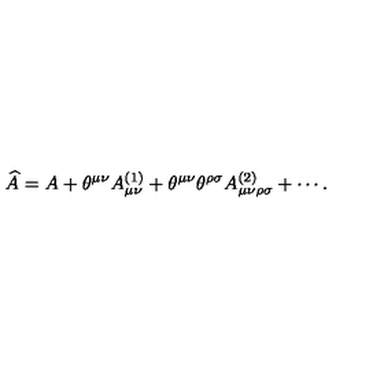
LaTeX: \widehat { A } = A + \theta ^ { \mu \nu } A _ { \mu \nu } ^ { ( 1 ) } + \theta ^ { \mu \nu } \theta ^ { \rho \sigma } A _ { \mu \nu \rho \sigma } ^ { ( 2 ) } + \cdots .